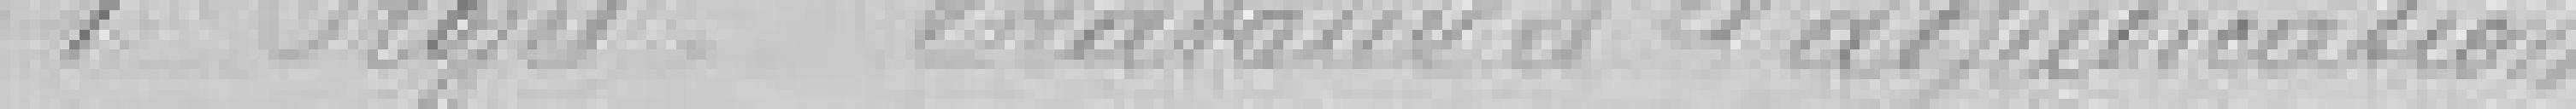
1er Projet Travaux à l'adjudication